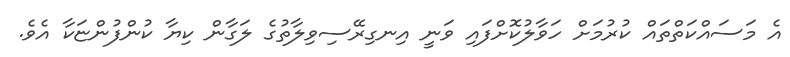
އެ މަސައްކަތްތައް ކުރުމަށް ހަވާލުކޮށްފައި ވަނީ އިނގިރޭސިވިލާތުގެ ލަގާން ކިޔާ ކުންފުންޏަކާ އެވެ.